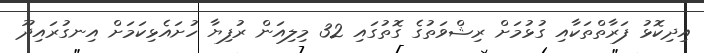
އިދިކޮޅު ފަރާތްތަކާއި ގުޅުމަށް ރިޝްވަތުގެ ގޮތުގައި 32 މިލިއަން ރުފިޔާ ހުށައެޅިކަމަށް އިނގުރައިދޫ